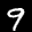
Label: 9